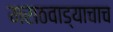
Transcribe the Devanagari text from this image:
मराठवाड्याचाच